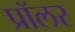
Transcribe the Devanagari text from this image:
प्रॉलर